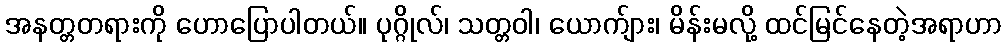
အနတ္တတရားကို ဟောပြောပါတယ်။ ပုဂ္ဂိုလ်၊ သတ္တဝါ၊ ယောက်ျား၊ မိန်းမလို့ ထင်မြင်နေတဲ့အရာဟာ